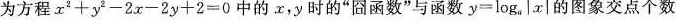
为方程$$x ^ { 2 } + y ^ { 2 } - 2 x - 2 y + 2 = 0$$中的x，y时的“囧函数”与函数$$y = l o g _ { a } ^ { \left | x \right | }$$的图象交点个数